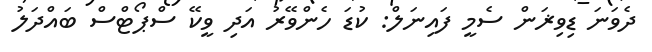
ދެވަނަ ޑިވިޜަން ސެމީ ފައިނަލް: ކުޑަ ހެންވޭރު އަދި ވީކޭ ސްޕޯޓްސް ބައްދަލު